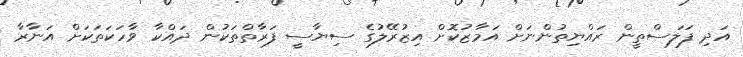
އަދި ފަލަސްތީން ރައްޔިތުންނަށް އަމާޒުކޮށް އިޒުރޭލުގެ ސިޔާސީ ފަރާތްތަކުން ދައްކާ ވާހަކަތަކަށް އަނާރާ